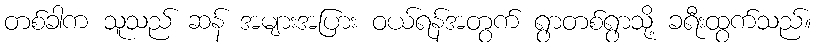
တစ်ခါက သူသည် ဆန် အများအပြား ဝယ်ရန်အတွက် ရွာတစ်ရွာသို့ ခရီးထွက်သည်။